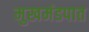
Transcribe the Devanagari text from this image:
मुखमंडपात